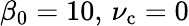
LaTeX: \beta_{0}=10,\, \nu_{\mathrm{c}}=0